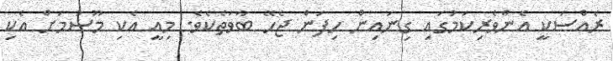
ރެއްސަކީ އެންވެރިކަމުގައި ގިނައިން ހިފަން ޖެހޭ ބާވަތެކެވެ. މިއީ އެކި މޫސުމަށް އެކި